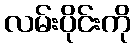
လမ်းပိုင်းကို